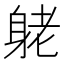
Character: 𨈺